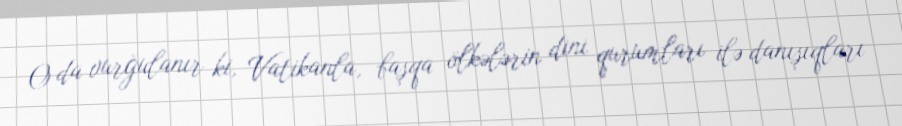
O da vurğulanır ki, Vatikanla, başqa ölkələrin dini qurumları ilə danışıqları